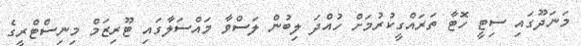
މަނަދޫގައި ސިޓީ ހޮޓާ ތަރައްގީކުރުމަށް ހުއްދަ ލިބުން ލަސްވާ މައްސަލާގައި ޓޫރިޒަމް މިނިސްޓްރީގެ